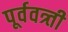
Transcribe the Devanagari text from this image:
पूर्ववत्र्ती